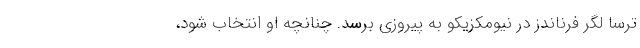
ترسا لگر فرناندز در نیومکزیکو به پیروزی برسد. چنانچه او انتخاب شود،